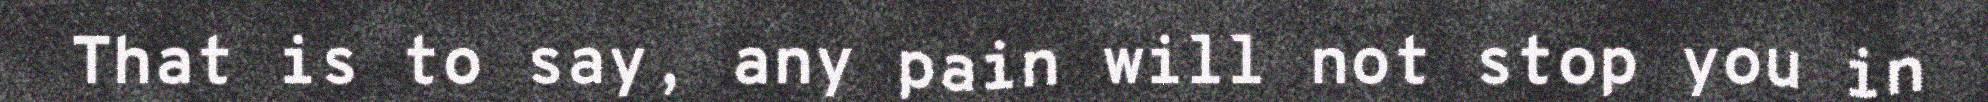
That is to say, any pain will not stop you in